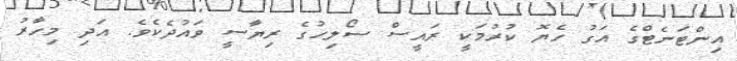
އިންޓަނެޓްގެ އަގު ހެޔޮ ކުރުމަކީ ރައީސް ސޯލިހުގެ ރިޔާސީ ވައުދެކެވެ. އަދި މިހާރު